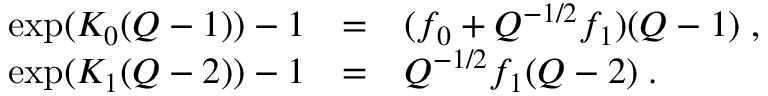
\begin{array} { r c l } { { \exp ( { \cal K } _ { 0 } ( Q - 1 ) ) - 1 } } & { { = } } & { { ( f _ { 0 } + Q ^ { - 1 / 2 } f _ { 1 } ) ( Q - 1 ) \; , } } \\ { { \exp ( { \cal K } _ { 1 } ( Q - 2 ) ) - 1 } } & { { = } } & { { Q ^ { - 1 / 2 } f _ { 1 } ( Q - 2 ) \; . } } \end{array}